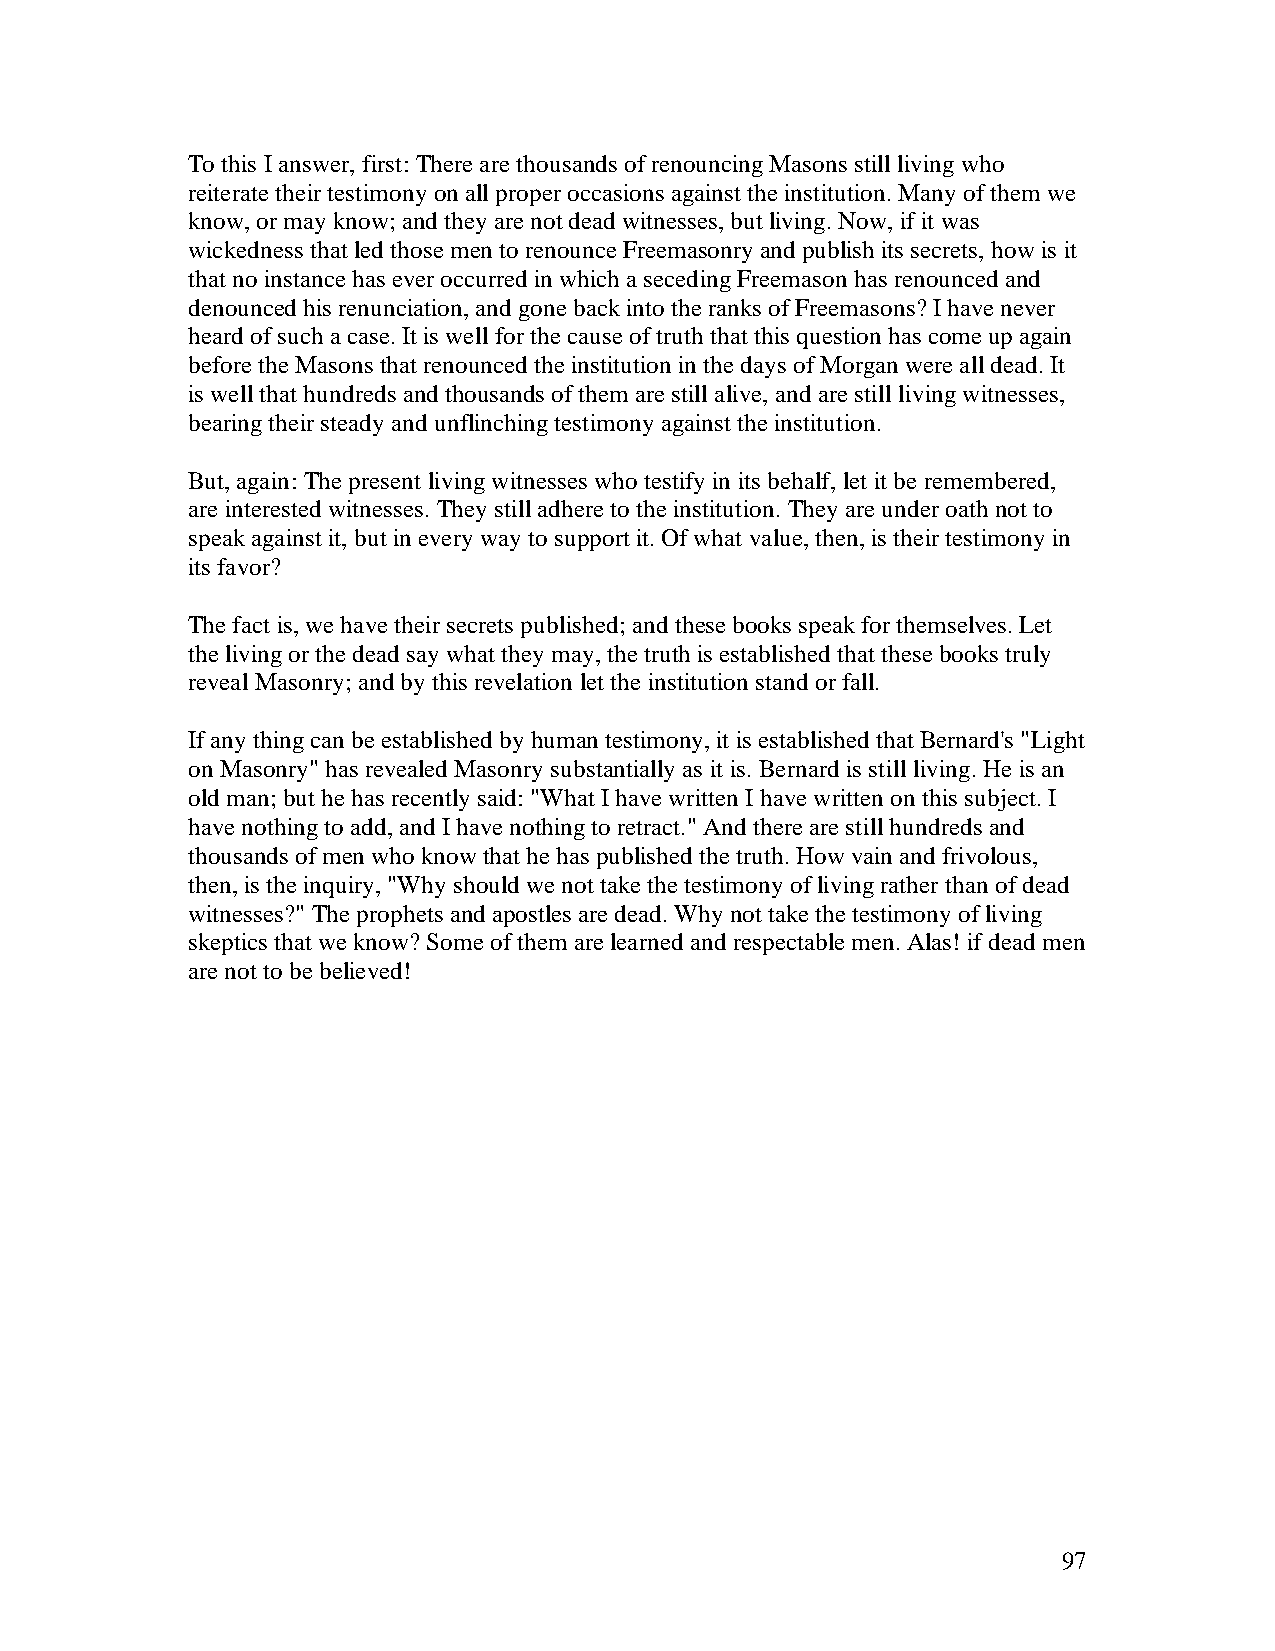
To this I answer, first: There are thousands of renouncing Masons still living who
 reiterate their testimony on all proper occasions against the institution. Many of them we
 know, or may know; and they are not dead witnesses, but living. Now, if it was
 wickedness that led those men to renounce Freemasonry and publish its secrets, how is it
 that no instance has ever occurred in which a seceding Freemason has renounced and
 denounced his renunciation, and gone back into the ranks of Freemasons? I have never
 heard of such a case. It is well for the cause of truth that this question has come up again
 before the Masons that renounced the institution in the days of Morgan were all dead. It
 is well that hundreds and thousands of them are still alive, and are still living witnesses,
 bearing their steady and unflinching testimony against the institution.
 But, again: The present living witnesses who testify in its behalf, let it be remembered,
 are interested witnesses. They still adhere to the institution. They are under oath not to
 speak against it, but in every way to support it. Of what value, then, is their testimony in
 its favor?
 The fact is, we have their secrets published; and these books speak for themselves. Let
 the living or the dead say what they may, the truth is established that these books truly
 reveal Masonry; and by this revelation let the institution stand or fall.
 If any thing can be established by human testimony, it is established that Bernard's "Light
 on Masonry" has revealed Masonry substantially as it is. Bernard is still living. He is an
 old man; but he has recently said: "What I have written I have written on this subject. I
 have nothing to add, and I have nothing to retract." And there are still hundreds and
 thousands of men who know that he has published the truth. How vain and frivolous,
 then, is the inquiry, "Why should we not take the testimony of living rather than of dead
 witnesses?" The prophets and apostles are dead. Why not take the testimony of living
 skeptics that we know? Some of them are learned and respectable men. Alas! if dead men
 are not to be believed!
 97